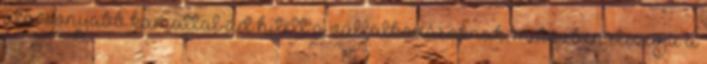
alacsonyabb kamattal ad hitelt a vállalkozásoknak, miközben elszívja a